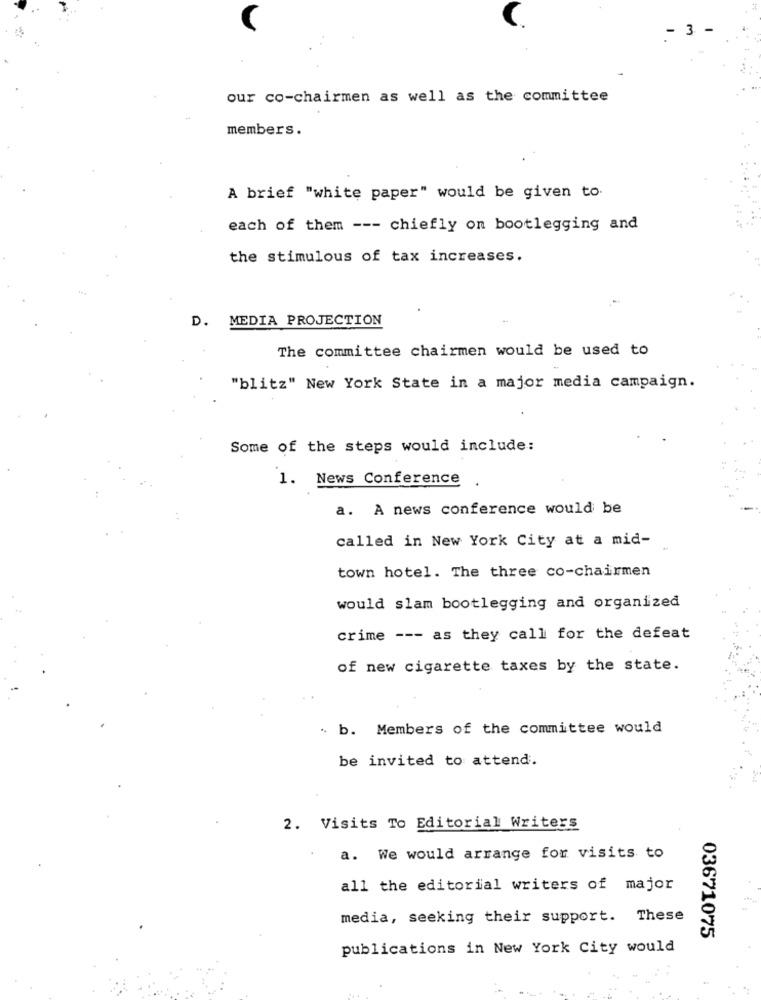
- 3
our co-chairmen as well as the committee
members.
A brief "white paper" would be given to.
each of them --- chiefly on bootlegging and
the stimulous of tax increases.
D. MEDIA PROJECTION
The committee chairmen would be used to
"blitz" New York State in a major media campaign.
Some of the steps would include:
1. News Conference
a. A news conference would be
called in New York City at a mid-
town hotel. The three co-chairmen
would slam bootlegging and organized
crime --- as they call for the defeat
of new cigarette taxes by the state.
. b. Members of the committee would
be invited to attend.
2. Visits To Editorial Writers
a. We would arrange for visits to
all the editorial writers of major
media, seeking their support. These
03671075
publications in New York City would